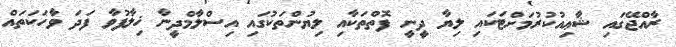
ރާއްޖޭގައި ޝާޢިއުކުރުމަށްޓަކައި ލިޔާ ދީނީ ފޮތްތަކާއި ލިޔުންތަކުގައި އިސްލާމްދީނާ ޚިލާފުވާ ފަދަ ވާހަކަތައް